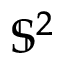
\mathbb { S } ^ { 2 }